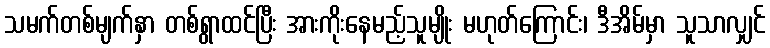
သမက်တစ်မျက်နှာ တစ်ရွာထင်ပြီး အားကိုးနေမည့်သူမျိုး မဟုတ်ကြောင်း၊ ဒီအိမ်မှာ သူသာလျှင်